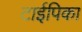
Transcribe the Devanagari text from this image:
टाईपिका